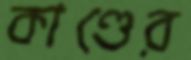
কাণ্ডের